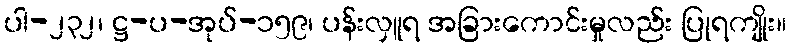
ပါ-၂၃၂၊ ဋ္ဌ-ပ-အုပ်-၁၅၉၊ ပန်းလှူရ အခြားကောင်းမှုလည်း ပြုရကျိုး။